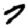
Digit: 7